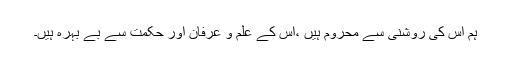
ہم اس کی روشنی سے محروم ہیں ،اس کے علم و عرفان اور حکمت سے بے بہرہ ہیں۔